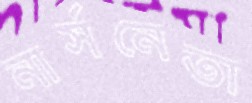
নার্সনেতা